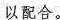
以配合。